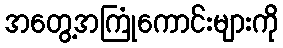
အတွေ့အကြုံကောင်းများကို